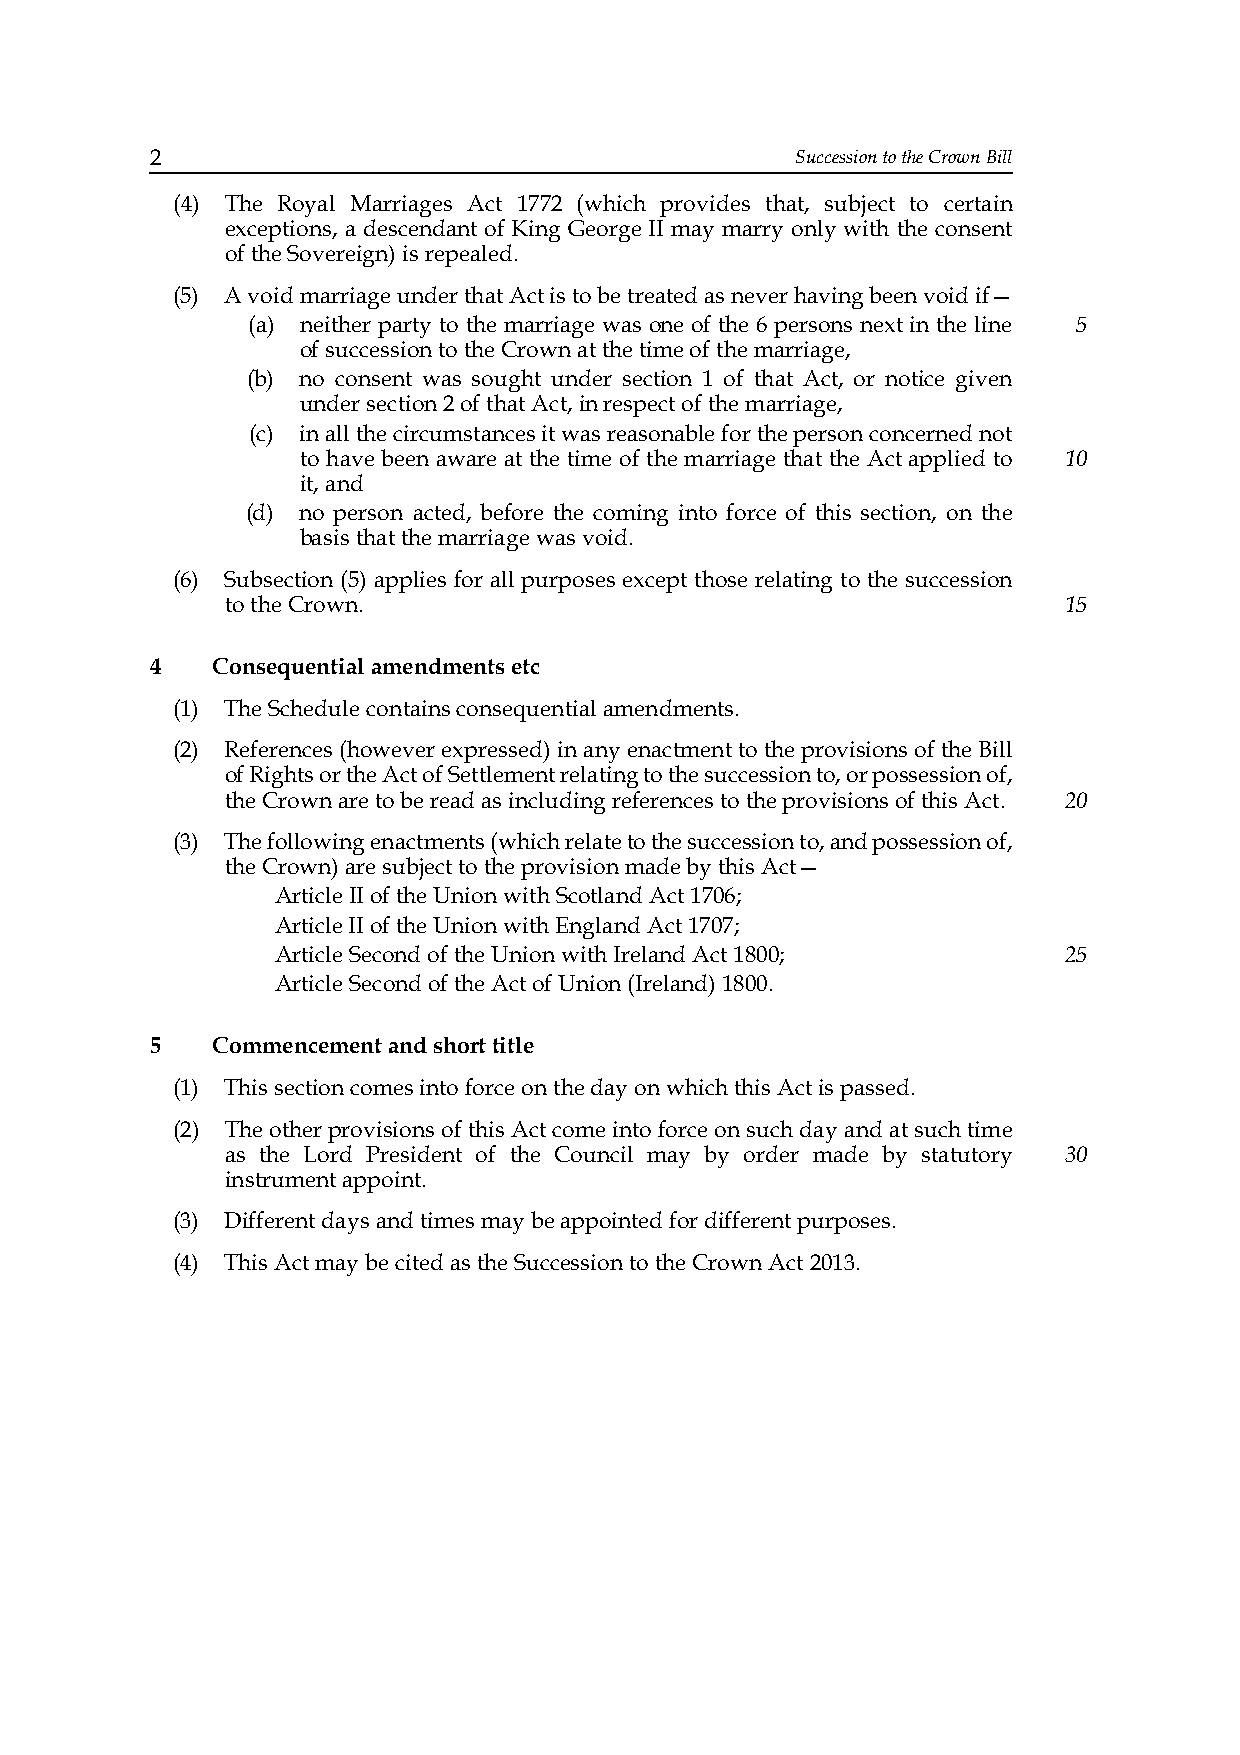
2                                          Succession to the Crown Bill
 (4) The Royal Marriages Act 1772 (which provides that, subject to certain
 exceptions, a descendant of King George II may marry only with the consent
 of the Sovereign) is repealed.
 (5) A void marriage under that Act is to be treated as never having been void if—
 (a) neither party to the marriage was one of the 6 persons next in the line 5
 of succession to the Crown at the time of the marriage,
 (b) no consent was sought under section 1 of that Act, or notice given
 under section 2 of that Act, in respect of the marriage,
 (c) in all the circumstances it was reasonable for the person concerned not
 to have been aware at the time of the marriage that the Act applied to 10
 it, and
 (d) no person acted, before the coming into force of this section, on the
 basis that the marriage was void.
 (6) Subsection (5) applies for all purposes except those relating to the succession
 to the Crown.                                          15
 4   Consequential amendments etc
 (1) The Schedule contains consequential amendments.
 (2) References (however expressed) in any enactment to the provisions of the Bill
 of Rights or the Act of Settlement relating to the succession to, or possession of,
 the Crown are to be read as including references to the provisions of this Act. 20
 (3) The following enactments (which relate to the succession to, and possession of,
 the Crown) are subject to the provision made by this Act—
 Article II of the Union with Scotland Act 1706;
 Article II of the Union with England Act 1707;
 Article Second of the Union with Ireland Act 1800;  25
 Article Second of the Act of Union (Ireland) 1800.
 5   Commencement and short title
 (1) This section comes into force on the day on which this Act is passed.
 (2) The other provisions of this Act come into force on such day and at such time
 as the Lord President of the Council may by order made by statutory 30
 instrument appoint.
 (3) Different days and times may be appointed for different purposes.
 (4) This Act may be cited as the Succession to the Crown Act 2013.